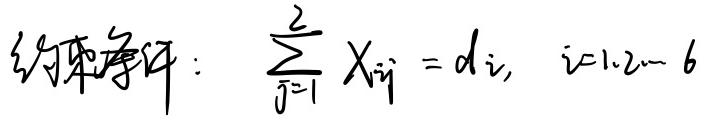
约束条件：$\sum_{j = 1}^{2} X_{ij} = d_i, \quad i = 1,2,\cdots, 6$